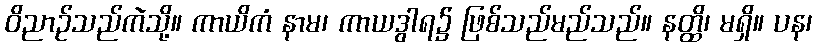
ဝိညာဉ်သည်ကဲသို့။ ကာယိကံ နာမ၊ ကာယဒွါရ၌ ဖြစ်သည်မည်သည်။ နတ္ထိ၊ မရှိ။ ပန၊